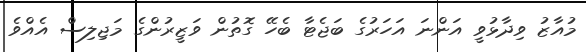
މުއާޒު ވިދާޅުވީ އަންނަ އަހަރުގެ ބަޖެޓާ ބެހޭ ގޮތުން ވަޒީރުންގެ މަޖިލިސް އެއްވެ